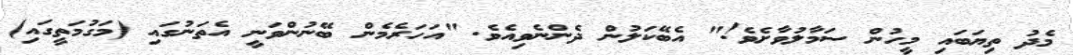
މެދު ތިޔަބައި މީހުން ސަމާލުވާށެވެ!" އެބޭކަލުން ދެންނެވިއެވެ. "އަހަރެމެން ބޭނުންވަނީ އެތަނުގައި (މަގުމަތީގައި)